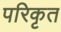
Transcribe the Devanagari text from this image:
परिकृत